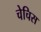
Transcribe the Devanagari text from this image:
चेचिस